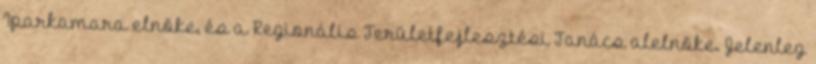
Iparkamara elnöke, és a Regionális Területfejlesztési Tanács alelnöke. Jelenleg